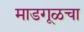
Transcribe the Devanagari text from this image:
माडगूळचा